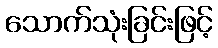
သောက်သုံးခြင်းဖြင့်